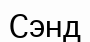
Сэнд